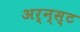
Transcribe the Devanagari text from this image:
अर्न्‍स्ट